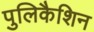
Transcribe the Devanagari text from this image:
पुलिकैशिन